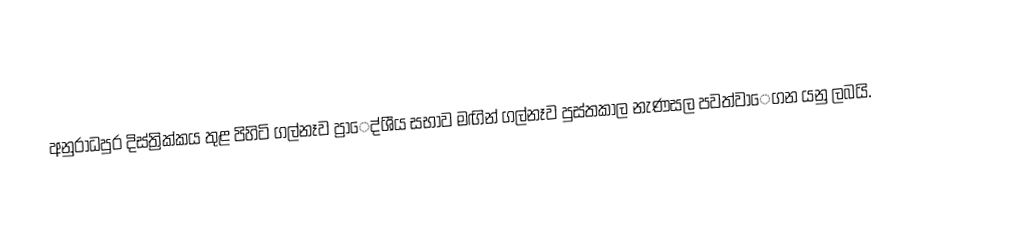
අනුරාධපුර දිස්ත්‍රික්කය තුළ පිහිටි ගල්නෑව ප්‍රාෙද්ශීය සභාව මඟින් ගල්නෑව පුස්තකාල නැණසල පවත්වාෙගන යනු ලබයි.